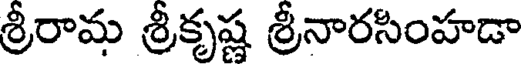
శ్రీరామ శ్రీకృష్ణ శ్రీనారసింహడా